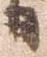
日